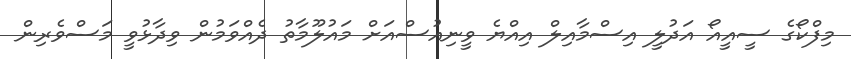
މިފްކޯގެ ސީއީއޯ އަދުލީ އިސްމާއިލް އިއްޔެ ވީނިއުސްއަށް މައުލޫމާތު ދެއްވަމުން ވިދާޅުވީ މަސްވެރިން